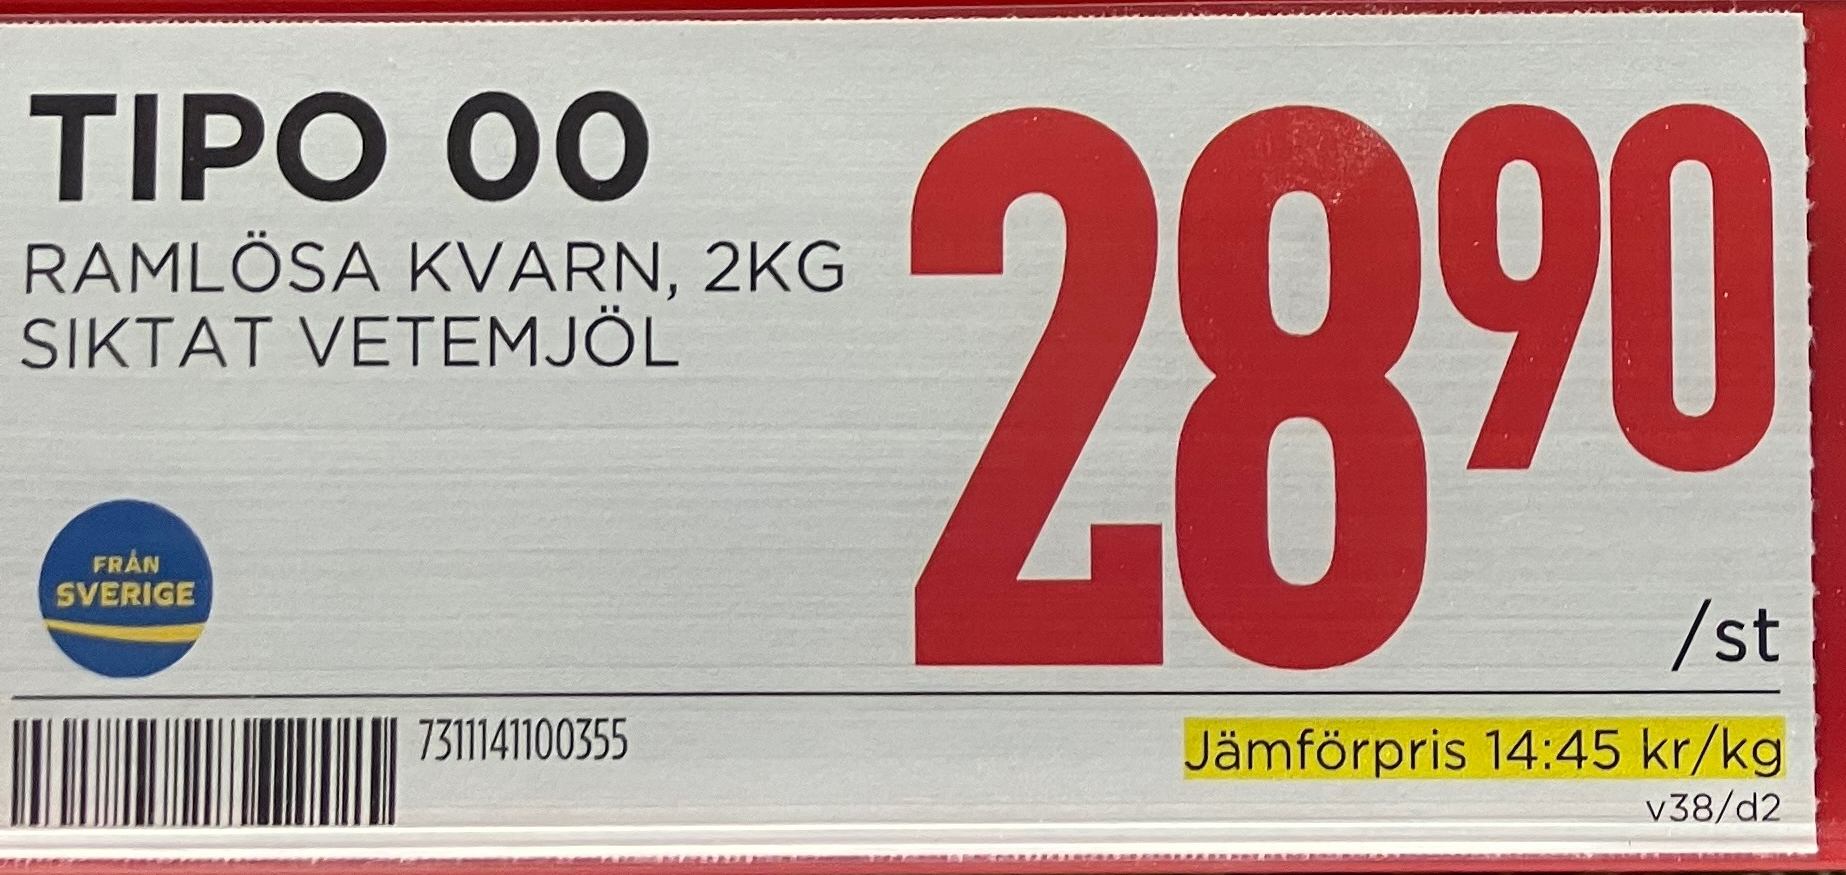
Vara: Tipo 00
Genomsnittspris: 14.45 per kg